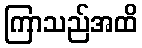
ကြာသည်အထိ